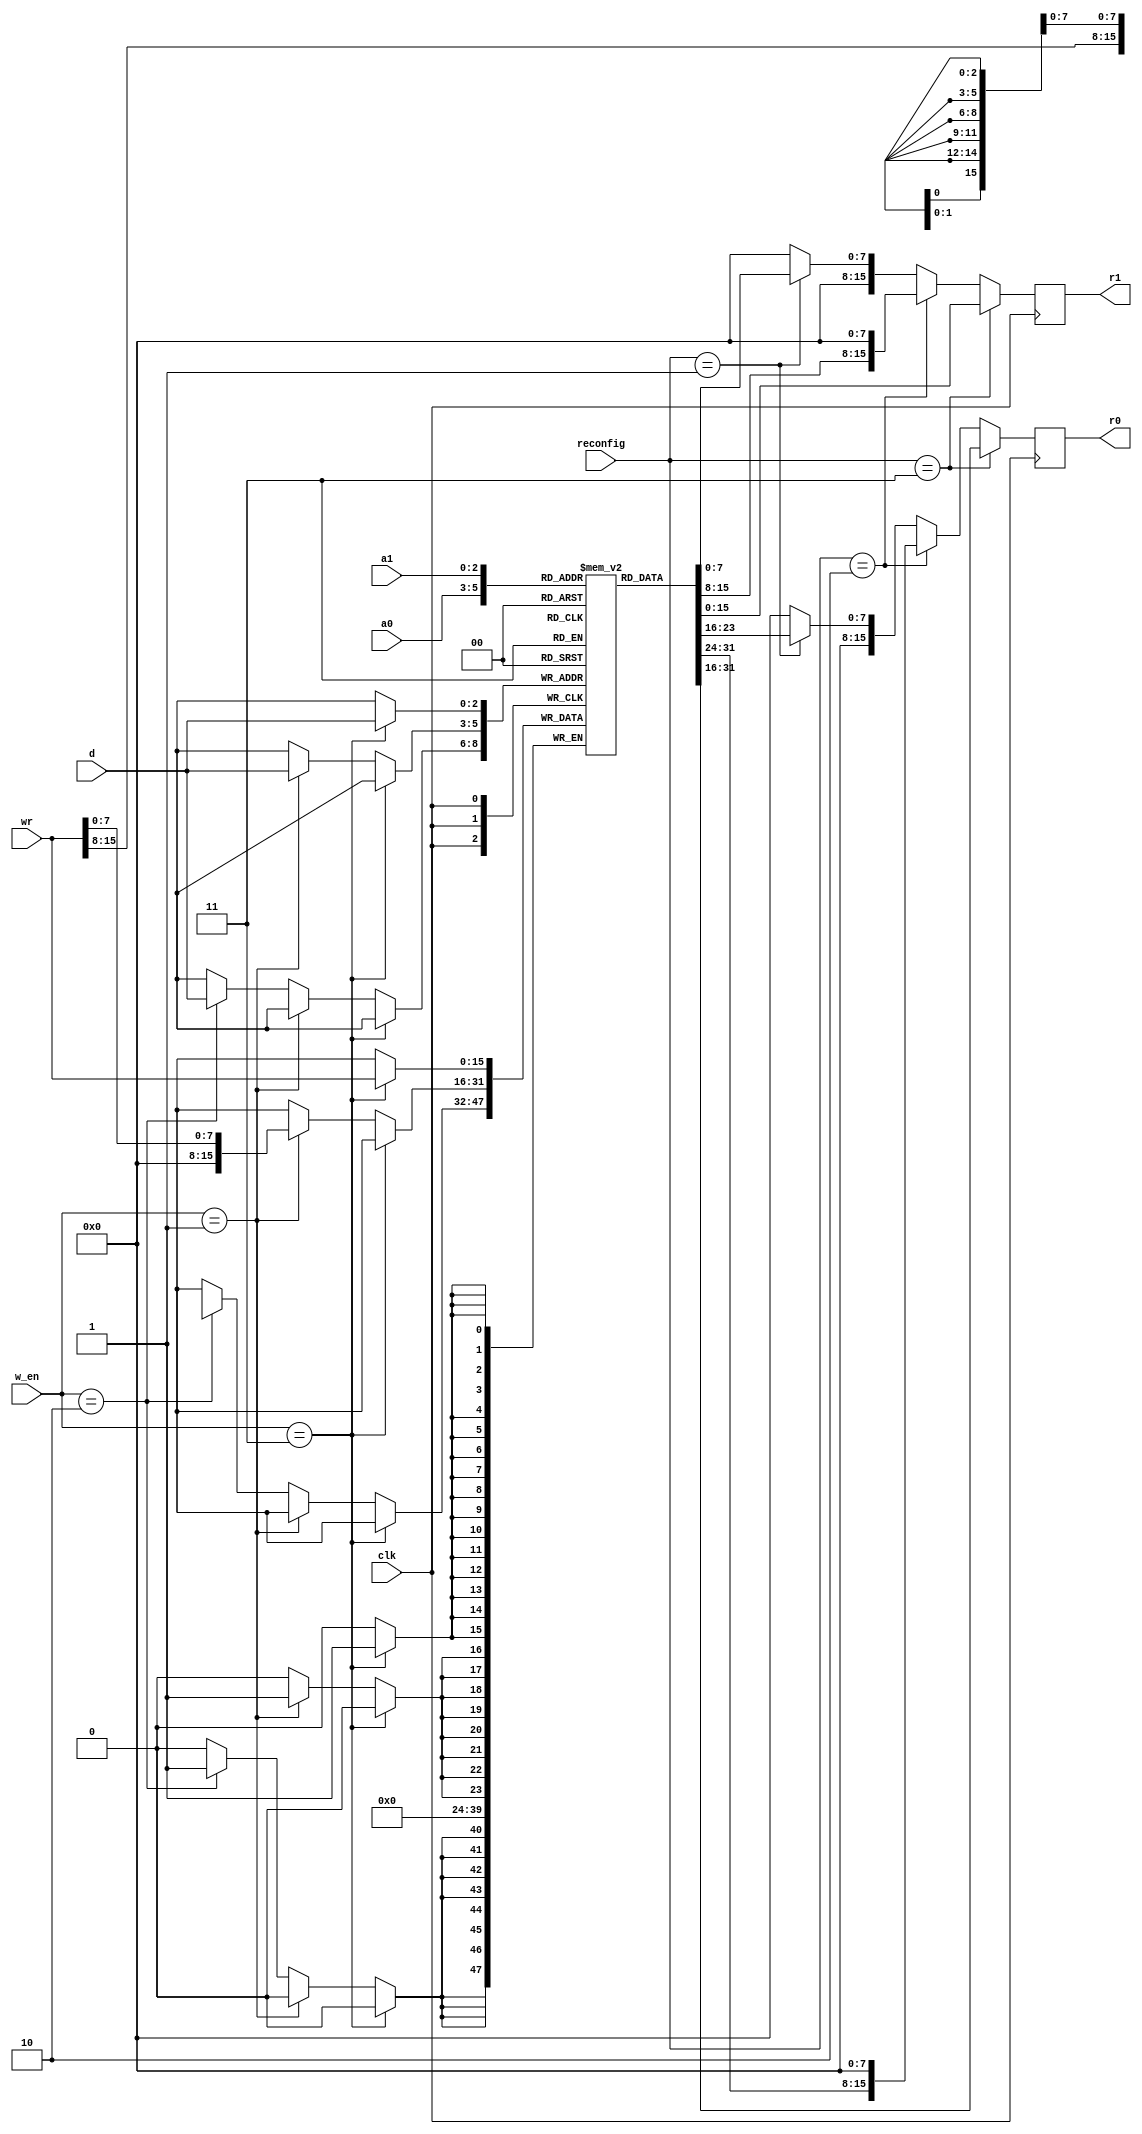
`timescale 1ns / 1ps
//////////////////////////////////////////////////////////////////////////////////
// Company: 
// Engineer: 
// 
// Design Name: 
// Module Name:    reg_file 
// Project Name: 
// Target Devices: 
// Tool versions: 
// Description: 
//
// Dependencies: 
//
// Revision: 
// Revision 0.01 - File Created
// Additional Comments: 
//
//////////////////////////////////////////////////////////////////////////////////
module reg_file(
    output reg [15:0] r0,//scr1 o/p
    output reg [15:0] r1,//scr2 o/p
    input clk,
	 input [1:0] reconfig,//active high
    input [2:0] a0,		//source 1
    input [2:0] a1,		//source 2
    input [2:0] d,		//dest register
    input [15:0] wr,		//data to be written
    input [1:0] w_en		//active high
    );

	 reg [15:0]gpr[7:0];
	 integer i;
	 initial 
	  for(i=0;i<8;i=i+1)
	  begin
	  gpr[i]=0;
	  end
	 always@(negedge clk)
		begin
			if(reconfig==2'b11)
				begin
					r0<=gpr[a0];	//read the data
					r1<=gpr[a1];	//at negative edge
				end
			else if(reconfig==2'b10)
				begin
					r0<={gpr[a0][15:8],{8{1'b0}}};
					r1<={gpr[a1][15:8],{8{1'b0}}};
				end
			else if(reconfig==2'b01)
				begin
					r0<={{8{1'b0}},gpr[a0][7:0]};
					r1<={{8{1'b0}},gpr[a1][7:0]};
				end
			else
				begin
					r0<=16'b0;
					r1<=16'b0;
				end
				
		end
		
	always@(posedge clk)	//write at positive
		begin					//edge
			if(w_en==2'b11)
				gpr[d]<=wr;	//16 bit write
			else if(w_en==2'b01)
				gpr[d][7:0]<=wr[7:0];	//lower byte write
			else if(w_en==2'b10)
				gpr[d][15:8]<=wr[15:8];	//higher byte write
		end

endmodule